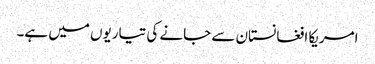
امریکا افغانستان سے جانے کی تیاریوں میں ہے۔